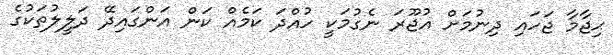
ޙިޖާމާ ޖަހައި ދިނުމަށް އުޖޫރަ ނެގުމަކީ ހުއްދަ ކަމެއް ކަން އަންގައިދޭ ދަލީލުތަކުގެ